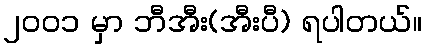
၂၀၀၁ မှာ ဘီအီး(အီးပီ) ရပါတယ်။